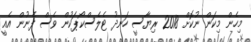
މިހެން މިކަން ނުކޮށް 2018 ރިޔާސީ ހަނދު ޓެލެސްކޯޕަކުން ވެސް ފެނުން އެއީ